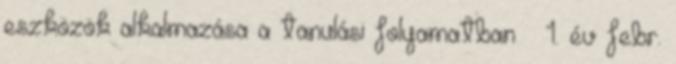
eszközök alkalmazása a tanulási folyamatban – 1. év febr.